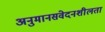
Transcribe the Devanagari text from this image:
अनुमानसंवेदनशीलता